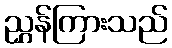
ညွှန်ကြားသည်